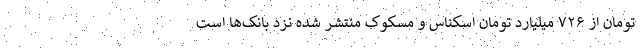
تومان از ۷۲۶ میلیارد تومان اسکناس و مسکوک منتشر شده نزد بانک‌ها است